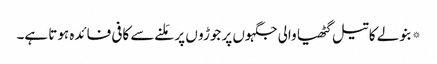
*بنولے کا تیل گٹھیا والی جگہوں پر جوڑو ں پر مَلنے سے کافی فائدہ ہوتا ہے۔